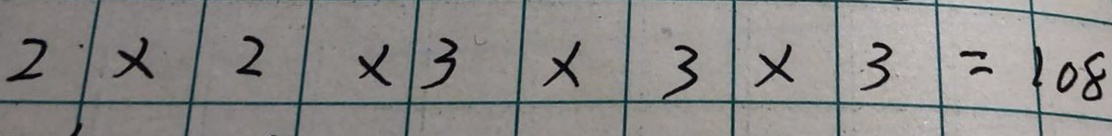
2 \times 2 \times 3 \times 3 \times 3 = 1 0 8